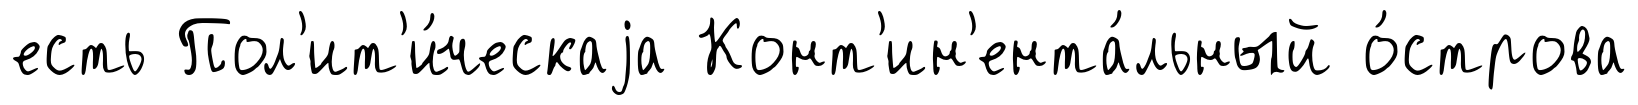
есть Пол'ит'и́ческаjа Конт'ин'ента́льный о́строва